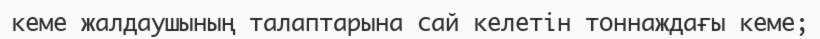
кеме жалдаушының талаптарына сай келетін тоннаждағы кеме;